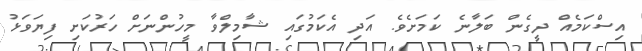
އިސްކަމެއް ދީގެން ބަލާނެ ކަމަށެވެ. އަދި އެކަމުގައި ޝާމިލްވާ މީހުންނަށް ހަރުކަށި ފިޔަވަޅު